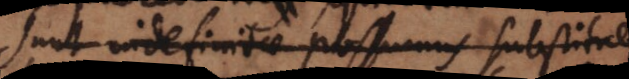
sunt indefinitae possumus substituer